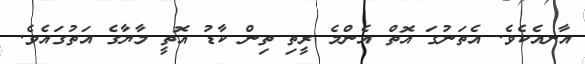
އާނއެކެވެ. އެތަނުގަ އޮތް އެންމެ ރީތި ތިން ކާޑު އޮތީ މާޔާގެ އަތުގައެވެ.